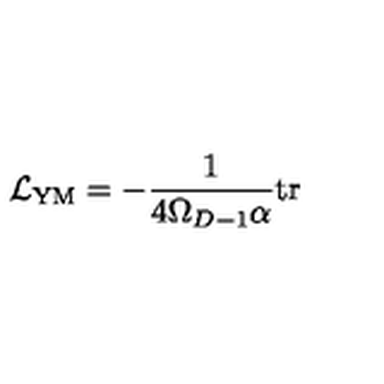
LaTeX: { \cal L } _ { \mathrm { Y M } } = - \frac { 1 } { 4 \Omega _ { D - 1 } \alpha } \mathrm { t r }